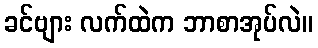
ခင်ဗျား လက်ထဲက ဘာစာအုပ်လဲ။